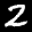
Label: 2